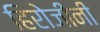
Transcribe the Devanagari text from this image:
हिरोजीनी